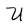
Character: U